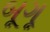
બૂગૂ